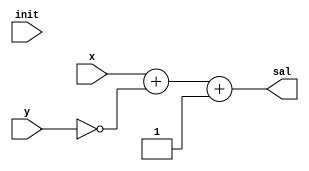
module resta(init, x, y,sal);

  input init;
  input [3 :0] x;
  input [3 :0] y;
  output [3 :0] sal;


  wire [3:0] st;
  wire [3:0] const;

  assign const = ~y;
  assign sal= st[3:0];

  assign st  = 	x+const+1;

endmodule